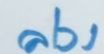
ล่าง